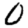
Digit: 0